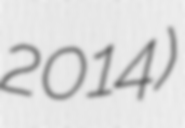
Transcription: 2014)